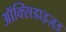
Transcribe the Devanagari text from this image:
ऑक्सिडाइज़्ड